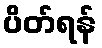
ပိတ်ရန်